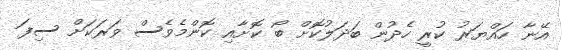
އޭނާ ހައްޔަރު ކުރީ ހެދުން ބަދަލުކޮށް ބޯ ކޮށާއި ކޮންމެވެސް ވަރަކަށް ސިފަ